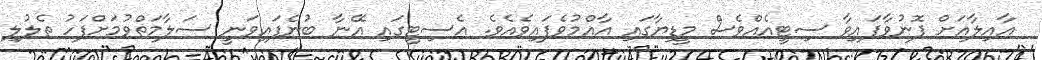
އާއިލާއަށް ފޮނުވާފައިވާ ސިޓީއެއްވެސް މީޑިޔާގައި އާއްމުވެފައިވެއެވެ. އެސިޓީގައި އޭނާ ބުނެފައިވަނީ ސަލާމަތްވުމަށްފަހު ތެލުލި